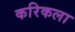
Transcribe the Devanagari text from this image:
करिकला